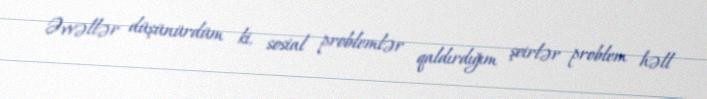
Əvvəllər düşünürdüm ki, sosial problemlər qaldırdığım şeirlər problem həll